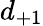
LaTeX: d_{+1}